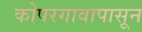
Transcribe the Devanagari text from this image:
कोपरगावापासून